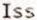
ISS